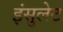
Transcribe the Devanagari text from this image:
इंसुलेट